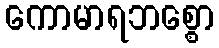
ကောမာရဘစ္စော